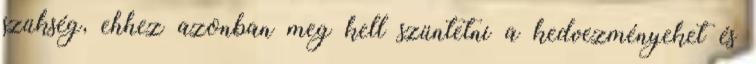
szükség, ehhez azonban meg kell szüntetni a kedvezményeket és